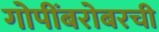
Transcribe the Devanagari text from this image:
गोपींबरोबरची